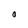
Character: O